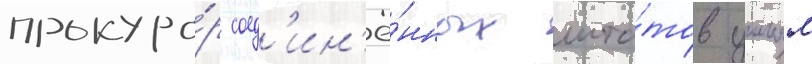
прокуро́р соед'ин'ё́нных шта́тов уильям